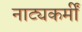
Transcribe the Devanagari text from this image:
नाट्यकर्मीं